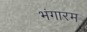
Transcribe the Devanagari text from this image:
भंगारम